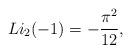
LaTeX: \begin{align*} Li_2(-1) = - \frac{\pi^2}{12},\end{align*}